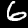
Label: 6